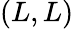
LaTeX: (L,L)